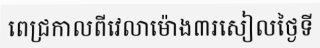
ពេជ្រកាលពីវេលាម៉ោង៣រសៀលថ្ងៃទី